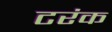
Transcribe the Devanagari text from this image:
टरंक